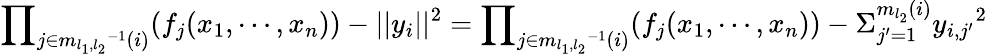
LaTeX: {\prod}_{j\in{m_{l_{1},l_{2}}}^{-1}(i)}(f_{j}(x_{1},\cdots,x_{n}))-||y_{i}||^{2}={\prod}_{j\in{m_{l_{1},l_{2}}}^{-1}(i)}(f_{j}(x_{1},\cdots,x_{n}))-{\Sigma}_{j^{\prime}=1}^{m_{l_{2}}(i)}{y_{i,j^{\prime}}}^{2}